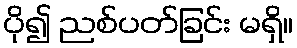
ပို၍ ညစ်ပတ်ခြင်း မရှိ။